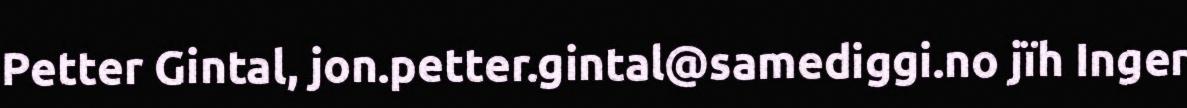
Petter Gintal, jon.petter.gintal@samediggi.no jïh Inger